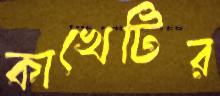
কাখেটির